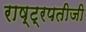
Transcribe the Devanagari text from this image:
राष्ट्रपतीजी